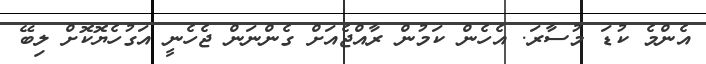
އެންމެ ކުޑަ މުސާރަ. އެހެން ކަމުން ރާއްޖެއަށް ގެންނަން ޖެހެނީ އަގުހެޔޮކޮށް ލިބޭ